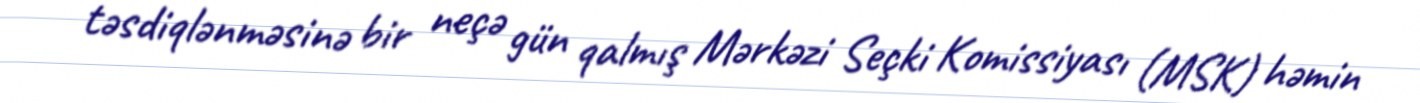
təsdiqlənməsinə bir neçə gün qalmış Mərkəzi Seçki Komissiyası (MSK) həmin